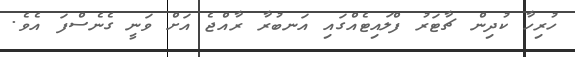
ހުރިހާ ކުދިން ޗާޓަރު ފްލައިޓެއްގައި އަނބުރާ ރާއްޖެ އަށް ވަނީ ގެނެސްފަ އެވެ.